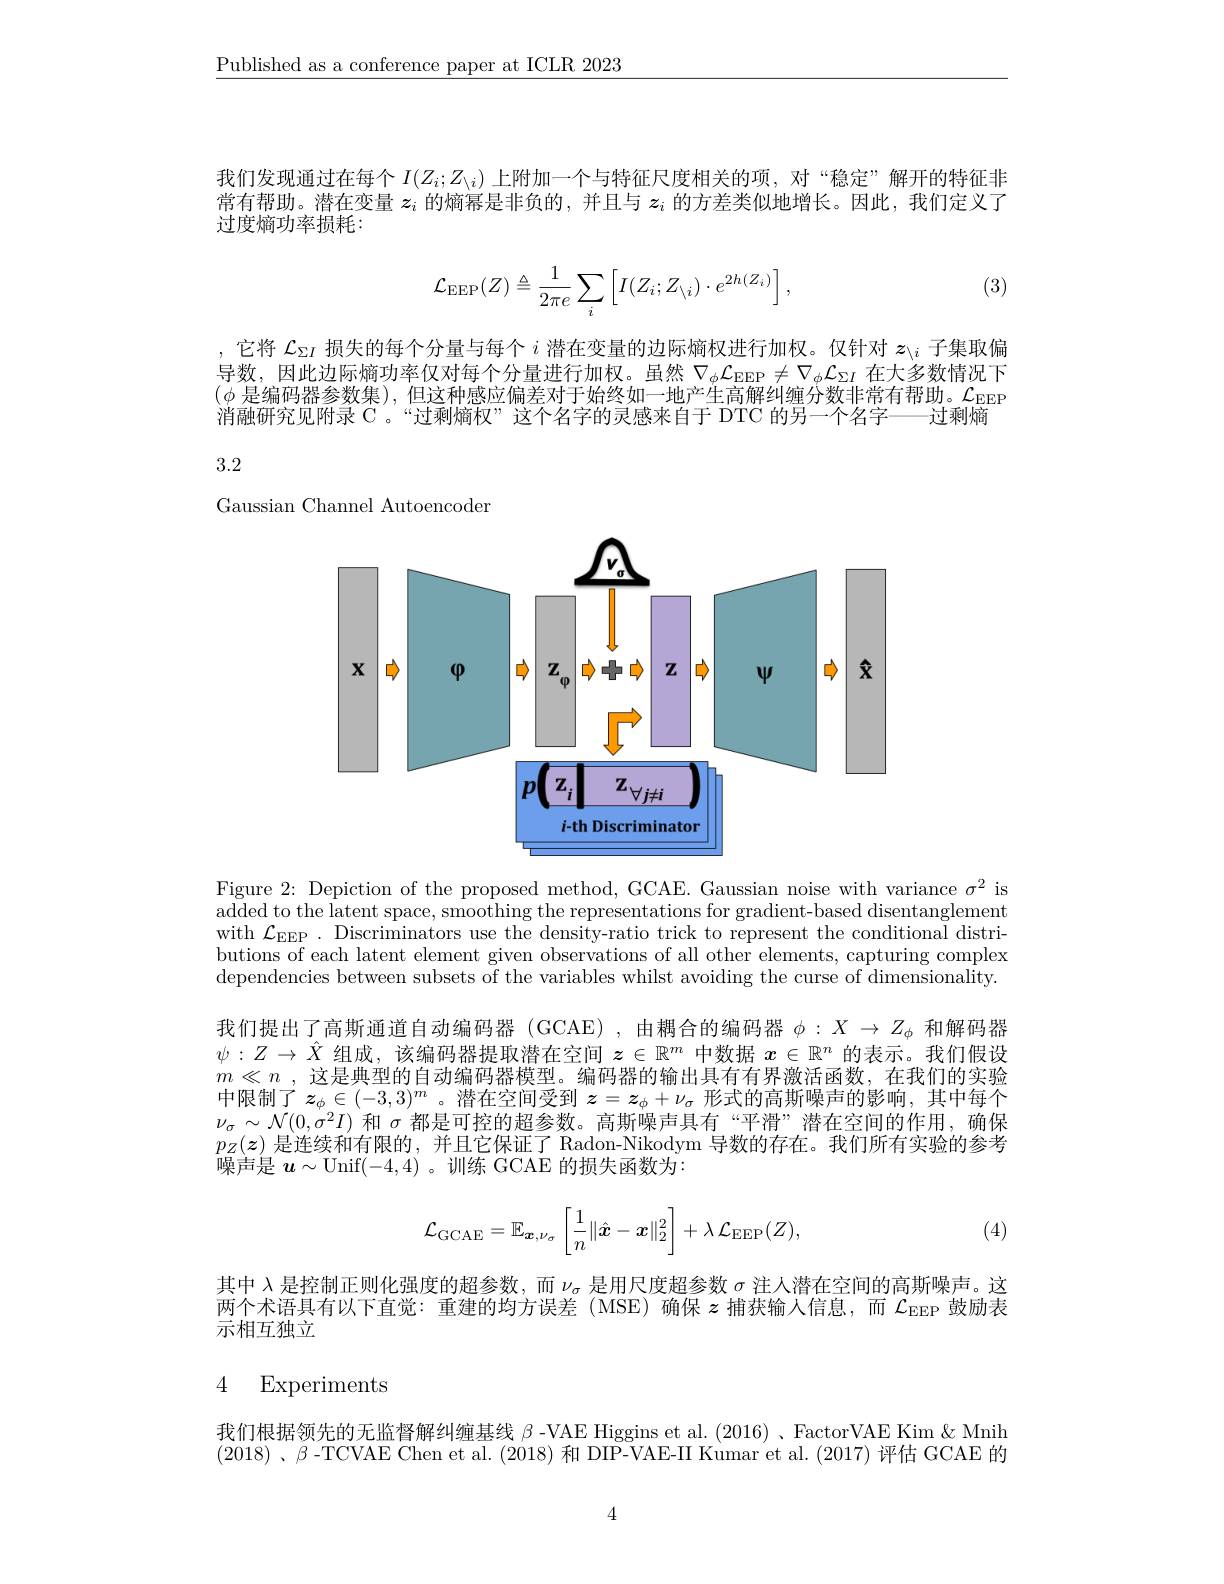
$\underline{\text{Published as a conference paper at ICLR 2023}}$

我们发现通过在每个$I(Z_i;Z_{\setminus i})$上附加一个与特征尺度相关的项，对“稳定”解开的特征非常有帮助。潜在变量$z_i$的熵幂是非负的，并且与$z_i$的方差类似地增长。因此，我们定义了过度熵功率损耗：

(3)
$$\mathcal{L}_{\mathrm{EEP}}(Z)\triangleq\frac{1}{2\pi e}\sum_{i}\left[I(Z_{i};Z_{\setminus i})\cdot e^{2h(Z_{i})}\right],$$
它将$\mathcal{L}_{\Sigma I}$损失的每个分量与每个$i$潜在变量的边际熵权进行加权。仅针对$z_{\backslash i}$子集取偏导数，因此边际熵功率仅对每个分量进行加权。虽然$\nabla_\phi\mathcal{L}_\mathrm{EEP}\neq\nabla_\phi\mathcal{L}_{\Sigma I}$在大多数情况下$(\phi$是编码器参数集),但这种感应偏差对于始终如一地产生高解纠缠分数非常有帮助。$\mathcal{L}_\mathrm{EEP}$ 消融研究见附录 C 。“过剩熵权”这个名字的灵感来自于 DTC 的另一个名字———过剩熵

3.2

Gaussian Channel Autoencoder

<FigureHere>

Figure 2: Depiction of the proposed method, GCAE. Gaussian noise with variance $\sigma^2$ is added to the latent space, smoothing the representations for gradient-based disentanglement with $\mathcal{L}_\mathrm{EEP}.$ Discriminators use the density-ratio trick to represent the conditional distributions of each latent element given observations of all other elements, capturing complex dependencies between subsets of the variables whilst avoiding the curse of dimensionality. 我们提出了高斯通道自动编码器 (GCAE),由耦合的编码器$\phi:X\to Z_{\phi}$和解码器$\psi:Z\to\hat{X}$组成，该编码器提取潜在空间$z\in\mathbb{R}^m$中数据$x\in\mathbb{R}^n$的表示。我们假设$m\ll n$ ,这是典型的自动编码器模型。编码器的输出具有有界激活函数，在我们的实验中限制了$z_\phi\in(-3,3)^m$。潜在空间受到 $z=z_\phi+\nu_\sigma$ 形式的高斯噪声的影响，其中每个$\nu_\sigma\sim\mathcal{N}(0,\sigma^2I)$和$\sigma$都是可控的超参数。高斯噪声具有“平滑”潜在空间的作用，确保$p_Z(z)$是连续和有限的，并且它保证了 Radon-Nikodym 导数的存在。我们所有实验的参考噪声是$u\sim$Unif(-4,4) 。训练 GCAE 的损失函数为：
$$\mathcal{L}_{\mathrm{GCAE}}=\mathbb{E}_{\boldsymbol{x},\nu_{\sigma}}\left[\frac{1}{n}\|\hat{\boldsymbol{x}}-\boldsymbol{x}\|_{2}^{2}\right]+\lambda\:\mathcal{L}_{\mathrm{EEP}}(Z),$$
(4)

其中$\lambda$是控制正则化强度的超参数，而$\nu_\sigma$是用尺度超参数$\sigma$注人潜在空间的高斯噪声。这两个术语具有以下直觉：重建的均方误差(MSE)确保$z$捕获输人信息，而$\mathcal{L}_\mathrm{EEP}$ 鼓励表示相互独立

## 4 Experiments

我们根据领先的无监督解纠缠基线$\beta$ -VAE Higgins et al. (2016) 、FactorVAE Kim & Mnih (2018) , $\beta$-TCVAE Chen et al. (2018)和 DIP-VAE-II Kumar et al. (2017)评估 GCAE 的

4